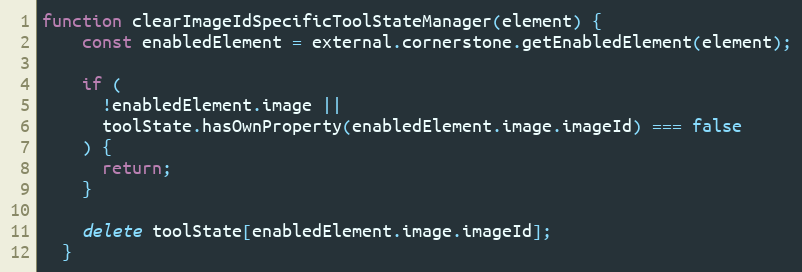
Language: JavaScript
function clearImageIdSpecificToolStateManager(element) {
    const enabledElement = external.cornerstone.getEnabledElement(element);

    if (
      !enabledElement.image ||
      toolState.hasOwnProperty(enabledElement.image.imageId) === false
    ) {
      return;
    }

    delete toolState[enabledElement.image.imageId];
  }